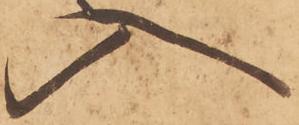
入